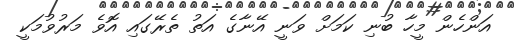
އަންހެން މީހާ ބުނި ކަމަށް ވަނީ އޭނާގެ އަތު ތެރޭގައި އޮވެ މަރުވުމަކީ